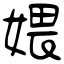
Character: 㛱